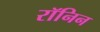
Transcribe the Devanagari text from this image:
रॉनिन